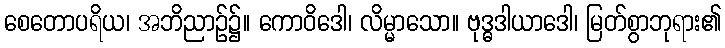
စေတောပရိယ၊ အဘိညာဉ်၌။ ကောဝိဒေါ၊ လိမ္မာသော။ ဗုဒ္ဓဒါယာဒေါ၊ မြတ်စွာဘုရား၏